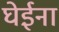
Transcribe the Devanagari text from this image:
घेईना